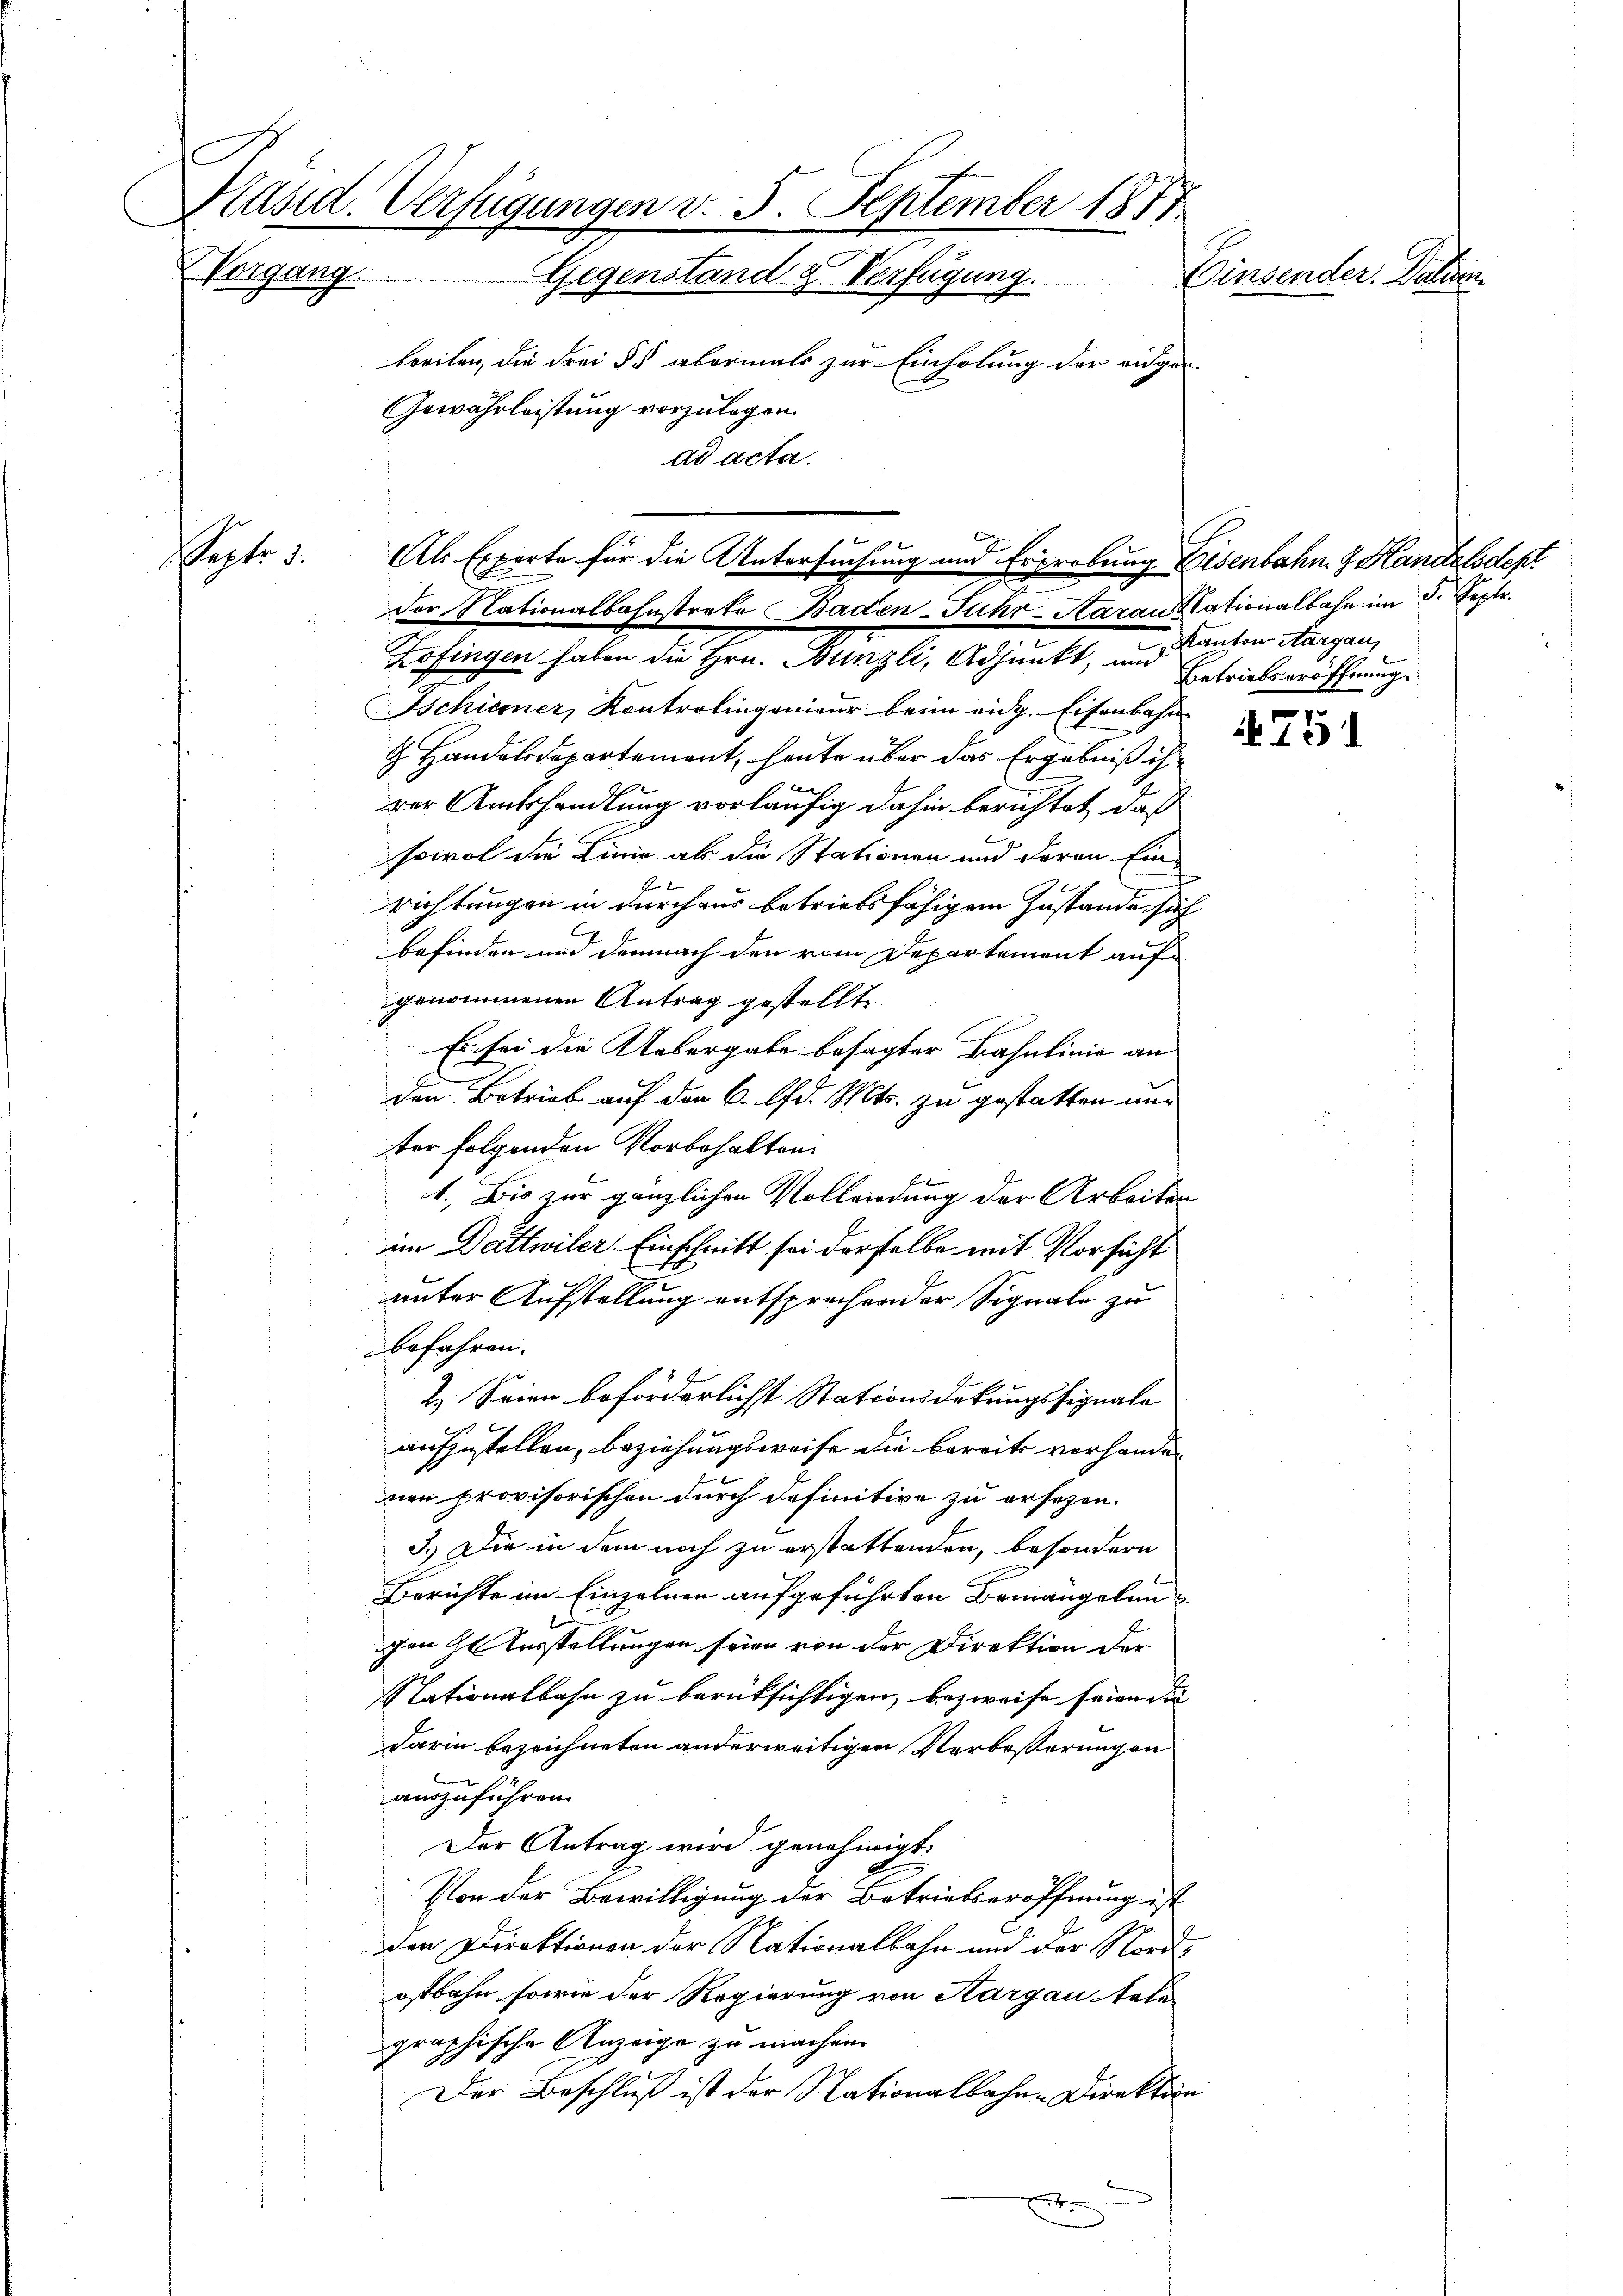
Kläsid. Verfügungen v. 5. September 1877
Vorgang
Gegenstand g Verfügung. Einsender. Datum
breiten, die Frei § 5 abermals zur Einholung der eidge¬
Gewährleistung vorzulegen.
ad acta.

Pepter.

Als Experte für die Untersuchung und Erirobung Eisenbahn & Handelsdept
der Nationalbahnstrete Baden-Fuhr-Aarau Nationalbahn im 3. Septr.

Zofingen haben die Hrn. Bünzli, Adjunkt, und Kanton Aargau,
schiener, Kontrolingenieur beim eidg. Eisenbahn
H. Handelsdepartement, heute über das Ergebniß ihr

1
rer Amtshandlung vorläufig dahin berichtet, daß
sowol die Linie als die Stationen und deren Ein-
richtungen in durchaus betriebsfähigen Zustande sich
befinden und demnach den vom Departement aufgenommenen Antrag gestellt
Es sei die Uebergabe besagter Bahnlinie an
den Betrieb auf den 6. d. Mts. zu gestatten und
ter folgenden Vorbehalten
2
1.) Die zur gänzlichen Vollerdung der Arbeiten
im Dattwiler Einschnitt sei derselbe mit Vorsicht
unter Aufstellung entsprechender Signale zu
befahren.
x
2. Seien beförderlichst Stationsdekungssignale
aufzustellen, beziehungsweise die bereits vorhander
nen provisorischen durch definitive zu ersezen.
3.) Die in dem noch zu erstattenden, besondern
Berichte im Einzelnen aufgeführten Bemängelungen Ausstellungen seien von der Direktion der
Nationalbahn zu berüksichtigen, bezweife seien die
Darin bezeichneten anderweitigen Verbesserungen
auszuführen.
Der Antrag wird genehmigt.
Von der Bewilligung der Betriebseröffnung ist
den Direktionen der Nationalbahn und der Nordostbahn sowie der Regierung von Aargau telen
graphische Anzeige zu machen.
Der Beschluß ist der Nationalbahr Direktion

.

Betriebseröffnung.

751